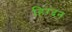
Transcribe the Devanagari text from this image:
हिग्दन